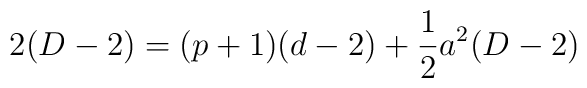
2(D-2) = (p+1)(d-2) + \frac{1}{2}a^2 (D-2)